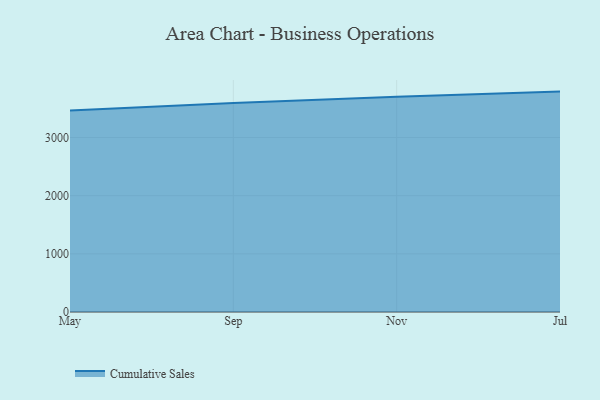
{"axis": {"x": "Month", "y": "Website Visitors"}, "legend": ["Cumulative Sales"], "data": [{"x": "May", "y": 3462.0, "type": "Cumulative Sales"}, {"x": "Sep", "y": 3593.9, "type": "Cumulative Sales"}, {"x": "Nov", "y": 3702.2, "type": "Cumulative Sales"}, {"x": "Jul", "y": 3788.9, "type": "Cumulative Sales"}]}